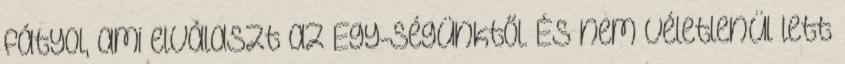
fátyol, ami elválaszt az Egy-ségünktől. És nem véletlenül lett